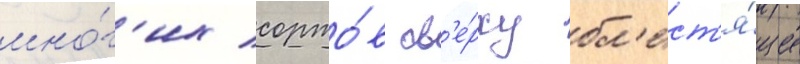
мно́г'их сорто́в св'е́рху бл'ест'я́щие